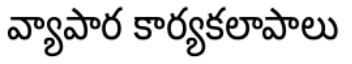
వ్యాపార కార్యకలాపాలు